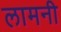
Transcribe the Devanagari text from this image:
लामनी